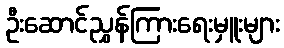
ဦးဆောင်ညွှန်ကြားရေးမှူးများ